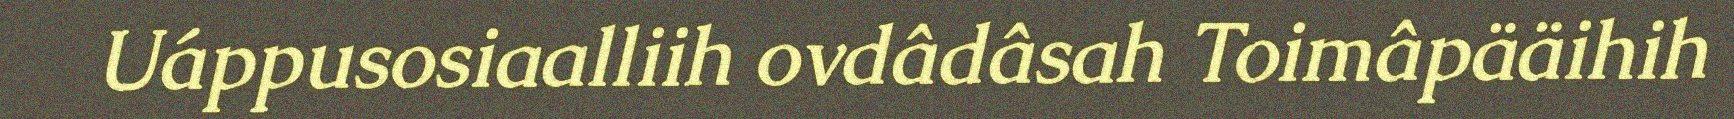
Uáppusosiaalliih ovdâdâsah Toimâpääihih